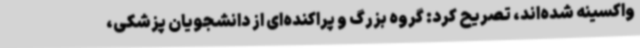
واکسینه شده‌اند، تصریح کرد: گروه بزرگ و پراکنده‌ای از دانشجویان پزشکی،